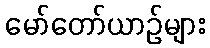
မော်တော်ယာဉ်များ